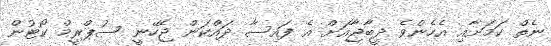
ނެތް ކަމަށާއި އެހެންވެ ދީބާޖާއަށް އެ ފައިސާ ދައްކަން ޖެހޭނީ ސުޕްރީމް ކޯޓުން